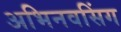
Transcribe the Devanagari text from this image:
अभिनवसिंग